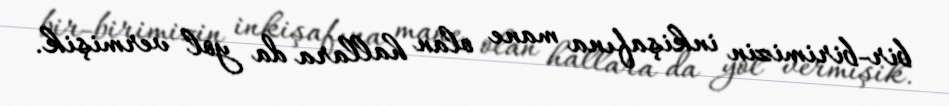
bir-birimizin inkişafına mane olan hallara da yol vermişik.